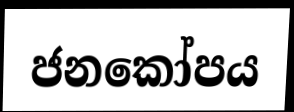
ජනකෝපය